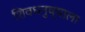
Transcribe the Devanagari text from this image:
शिवधनुष्याला